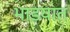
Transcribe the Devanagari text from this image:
भाडयात